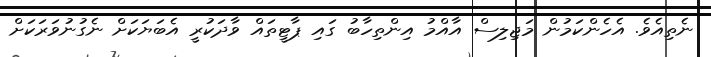
ނެތިއެވެ. އެހެންކަމުން މަޖިލިސް އާއްމު އިންތިހާބު ގައި ޕާޓީތައް ވާދަކުރީ އެބަޔަކަށް ނެގުނުވަރަކަށް